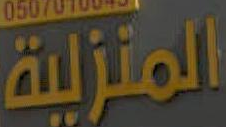
المنزلية